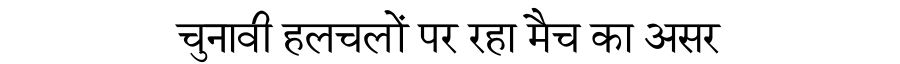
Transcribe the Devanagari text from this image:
चुनावी हलचलों पर रहा मैच का असर